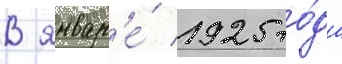
В январ'е́ 1925 го́да